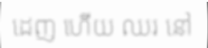
ដេញ ហើយ ឈរ នៅ